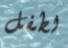
لطفل